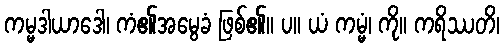
ကမ္မဒါယာဒေါ၊ ကံ၏အမွေခံ ဖြစ်၏။ ပ။ ယံ ကမ္မံ၊ ကို။ ကရိဿတိ၊